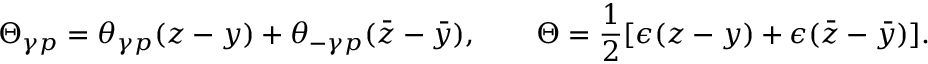
\Theta _ { \gamma p } = \theta _ { \gamma p } ( z - y ) + \theta _ { - \gamma p } ( \bar { z } - \bar { y } ) , ~ ~ ~ ~ ~ ~ \Theta = \frac { 1 } { 2 } [ \epsilon ( z - y ) + \epsilon ( \bar { z } - \bar { y } ) ] .